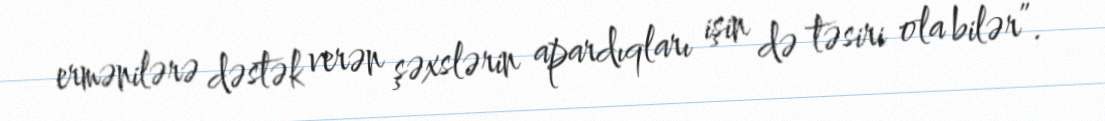
ermənilərə dəstək verən şəxslərin apardıqları işin də təsiri ola bilər”.